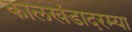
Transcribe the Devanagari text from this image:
कालखंडादरम्या